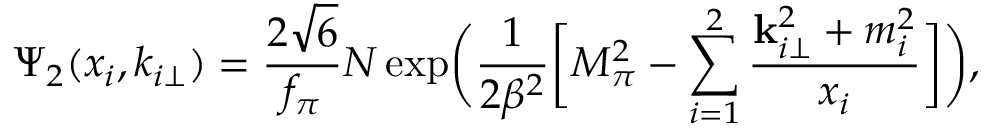
\Psi _ { 2 } ( x _ { i } , k _ { i \perp } ) = { \frac { 2 \sqrt { 6 } } { f _ { \pi } } } N \exp \biggl ( \frac { 1 } { 2 \beta ^ { 2 } } \biggl [ M _ { \pi } ^ { 2 } - \sum _ { i = 1 } ^ { 2 } \frac { { \bf k } _ { i \perp } ^ { 2 } + m _ { i } ^ { 2 } } { x _ { i } } \biggr ] \biggr ) ,